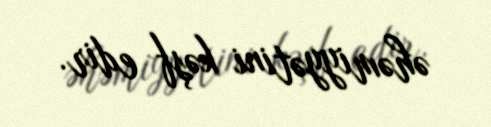
əhəmiyyətini kəşf edir.